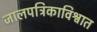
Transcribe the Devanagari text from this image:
जालपत्रिकाविश्वात